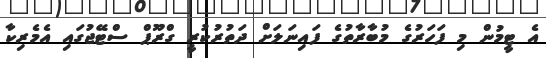
އެ ޓީމުން މި ފަހަރުގެ މުބާރާތުގެ ފައިނަލަށް ދަތުރުކުރީ ގްރޫޕް ސްޓޭޖުގައި އެމެރިކާ